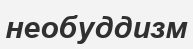
необуддизм